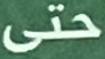
حتى